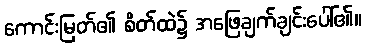
ကောင်းမြတ်၏ စိတ်ထဲ၌ အဖြေချက်ချင်းပေါ်၏။